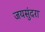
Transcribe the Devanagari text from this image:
जयसुंदरा